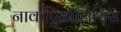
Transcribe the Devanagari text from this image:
नार्कोएनालिसिस